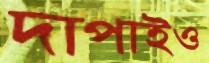
দাপাইও